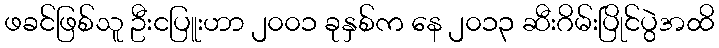
ဖခင်ဖြစ်သူ ဦးငပြူးဟာ ၂၀၀၁ ခုနှစ်က နေ ၂၀၁၃ ဆီးဂိမ်းပြိုင်ပွဲအထိ